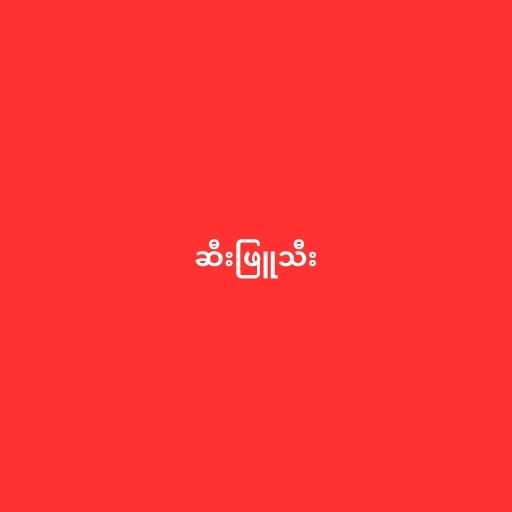
ဆီးဖြူသီး